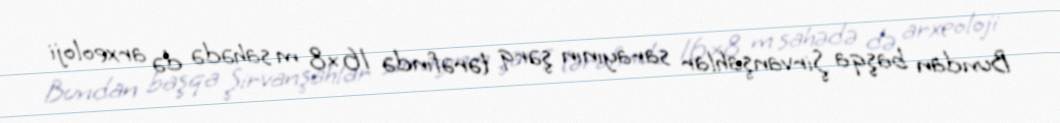
Bundan başqa Şirvanşahlar sarayının şərq tərəfındə 16×8 m sahədə də arxeoloji